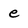
Character: e